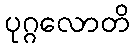
ပုဂ္ဂလောတိ